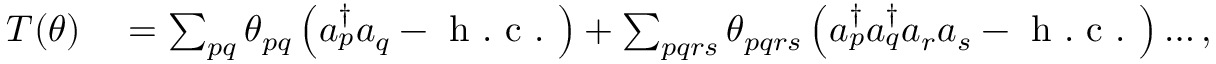
\begin{array} { r l } { T ( \theta ) } & { { } = \sum _ { p q } \theta _ { p q } \left( a _ { p } ^ { \dagger } a _ { q } - \mathrm { ~ h ~ . ~ c ~ . ~ } \right) + \sum _ { p q r s } \theta _ { p q r s } \left( a _ { p } ^ { \dagger } a _ { q } ^ { \dagger } a _ { r } a _ { s } - \mathrm { ~ h ~ . ~ c ~ . ~ } \right) \ldots , } \end{array}